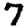
Digit: 7